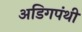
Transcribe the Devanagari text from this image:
अडिगपंथी